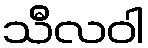
သီလဝါ